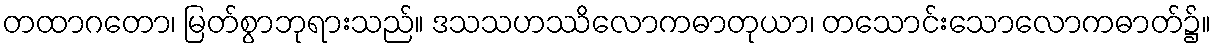
တထာဂတော၊ မြတ်စွာဘုရားသည်။ ဒသသဟဿိလောကဓာတုယာ၊ တသောင်းသောလောကဓာတ်၌။